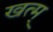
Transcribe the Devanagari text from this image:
खत्म्